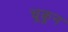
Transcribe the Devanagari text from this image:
चूकून